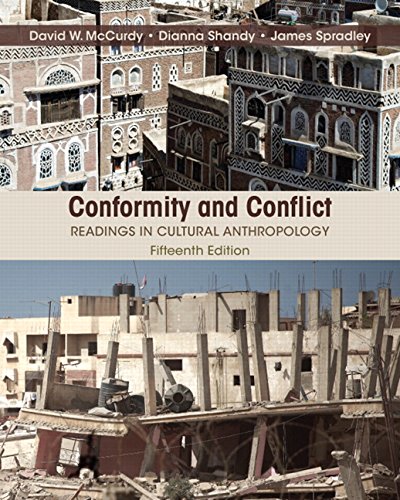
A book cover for Conformity and Conflict: Readings in Cultural Anthropology (15th Edition); James W. Spradley Late; Science & Math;